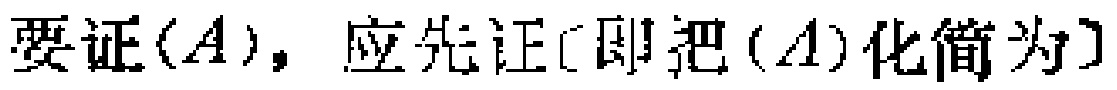
要证$(A)$，应先证[即把$(A)$化简为]